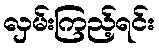
လှမ်းကြည့်ရင်း